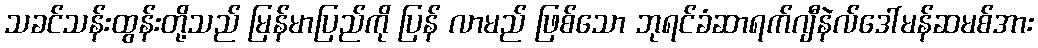
သခင်သန်းထွန်းတို့သည် မြန်မာပြည်ကို ပြန် လာမည် ဖြစ်သော ဘုရင်ခံဆာရက်ဂျီနဲလ်ဒေါ်မန်ဆမစ်အား